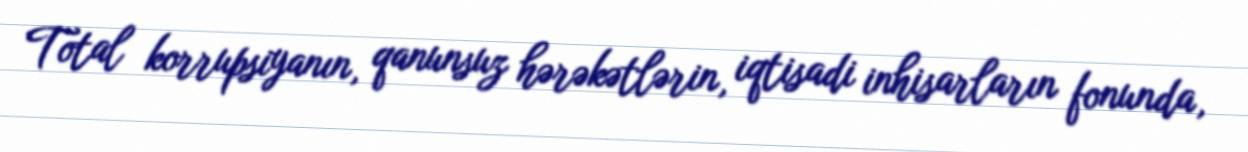
Total korrupsiyanın, qanunsuz hərəkətlərin, iqtisadi inhisarların fonunda,